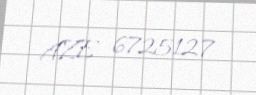
AZE 6725127